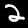
Digit: 2